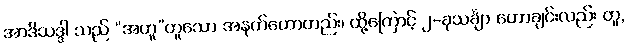
အာဒိသဒ္ဒါ သည် “အတူ”ဟူသော အနက်ဟောတည်း၊ ထို့ကြောင့် ၂-ခုသင်္ချာ ဟောချင်းလည်း တူ,